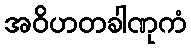
အဝိဟတခါဏုကံ